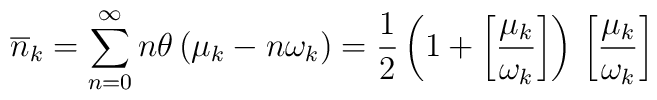
\overline{n}_{k}=\sum_{n=0}^{\infty }n\theta \left( \mu _{k}-n\omega _{k}\right) =\frac{1}{2}\left( 1+\left[ \frac{\mu _{k}}{\omega _{k}}\right] \right) \,\left[ \frac{\mu _{k}}{\omega _{k}}\right] \,